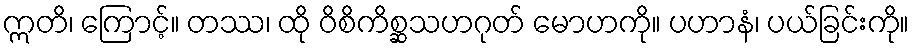
ဣတိ၊ ကြောင့်။ တဿ၊ ထို ဝိစိကိစ္ဆသဟဂုတ် မောဟကို။ ပဟာနံ၊ ပယ်ခြင်းကို။